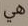
هي